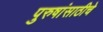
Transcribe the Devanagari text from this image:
पुरुषांसाठीचे